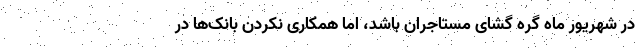
در شهریور ماه گره گشای مستاجران باشد، اما همکاری نکردن بانک‌ها در